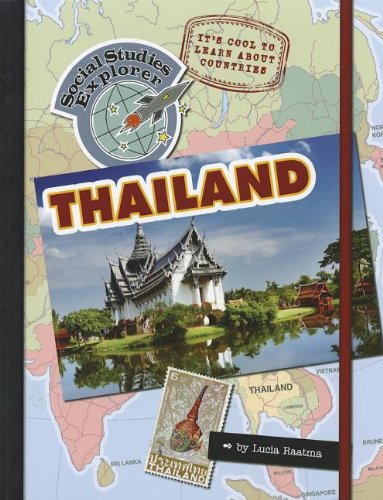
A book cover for Thailand (Social Studies Explorer); Lucia Raatma; Travel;